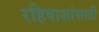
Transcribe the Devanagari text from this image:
रहिवाशांसाठी